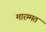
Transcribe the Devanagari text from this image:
मारम्मत